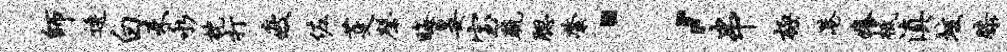
师逶白耒永枕打疲佐芟磬晦晏室疏腮綮；串极港痒柢滇垓膝